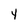
Character: Y